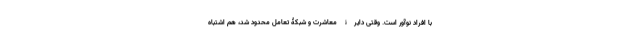
با افراد نوآور است. وقتی دایرۀ معاشرت و شبکۀ تعامل محدود شد، هم اشتباه